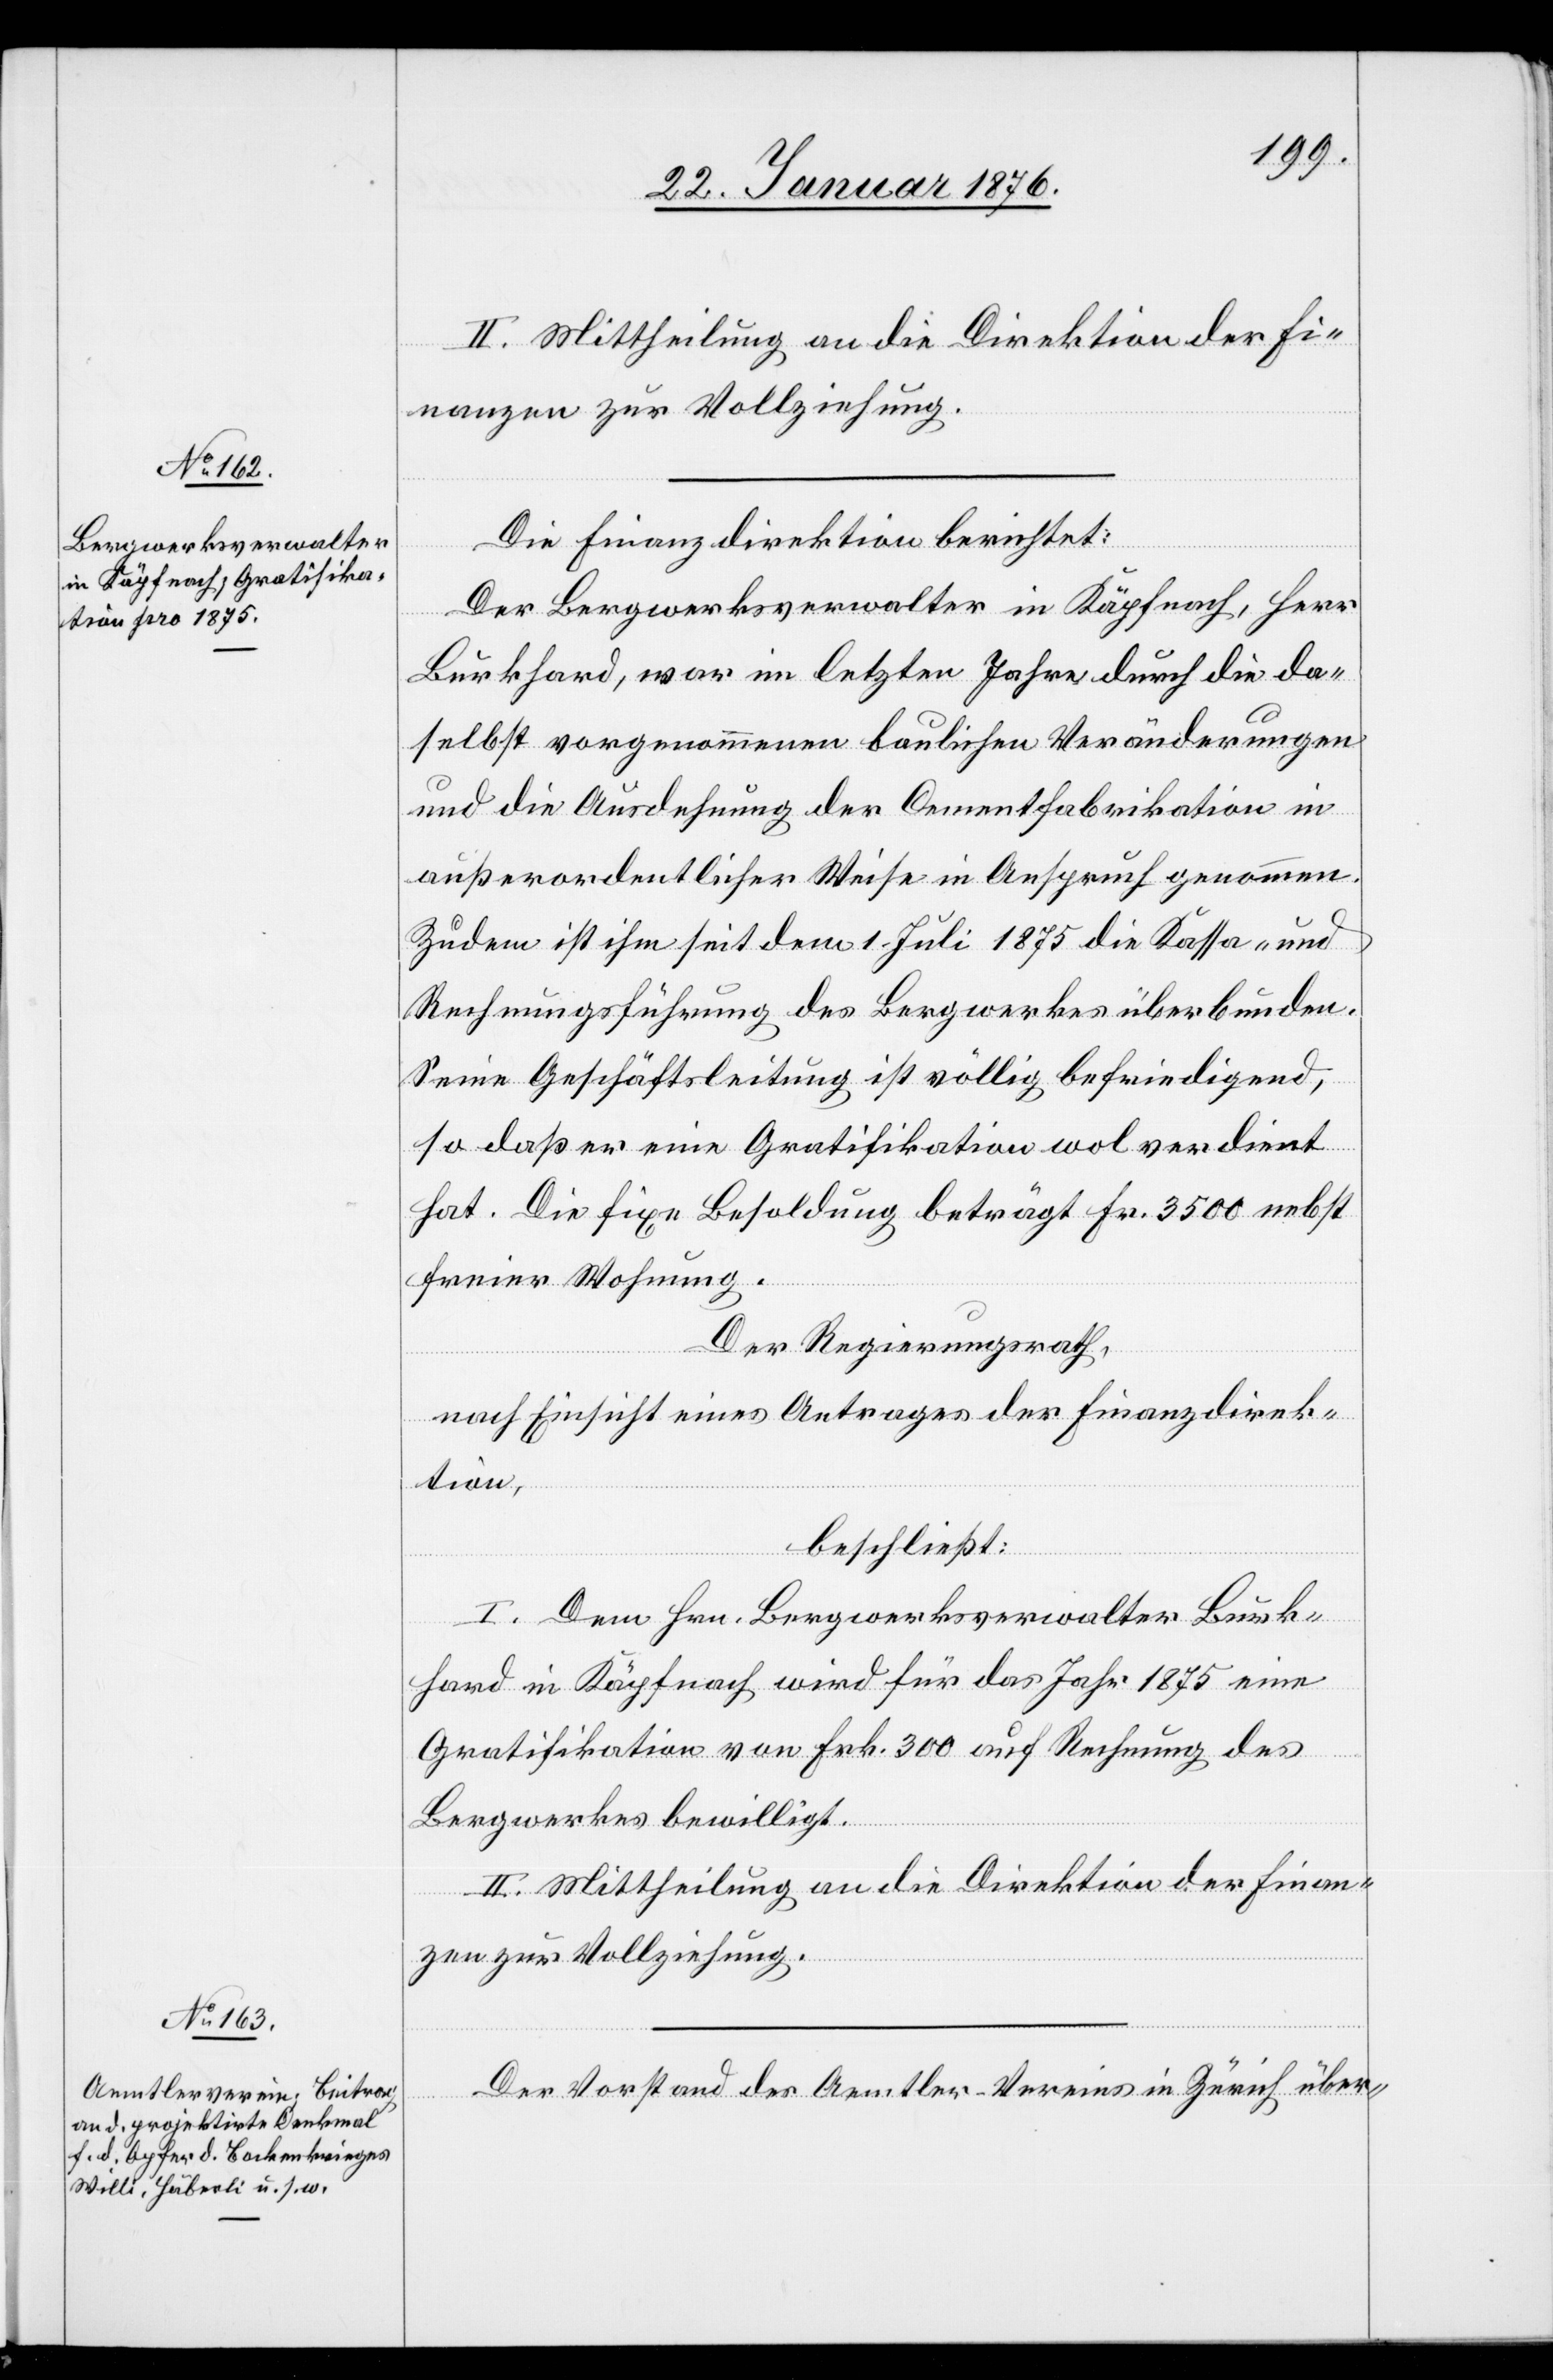
II. Mittheilung an die Direktion der Fi¬
nanzen zur Vollziehung.
Die Finanzdirektion berichtet:
Der Bergwerksverwalter in Käpfnach, Herr
Burkhard, war im letzten Jahre durch die da¬
selbst vorgenommenen baulichen Veränderungen
und die Ausdehnung der Cementfabrikation in
außerordentlicher Weise in Anspruch genommen.
Zudem ist ihm seit dem 1. Juli 1875 die Kassa- und
Rechnungsführung des Bergwerkes überbunden.
Seine Geschäftsleitung ist völlig befriedigend,
so daß er eine Gratifikation wol verdient
hat. Die fixe Besoldung beträgt Fr. 3500 nebst
freier Wohnung.
Der Regierungsrath,
nach Einsicht eines Antrages der Finanzdirek¬
tion,
beschließt:
I. Dem Hrn. Bergwerksverwalter Burk¬
hard in Käpfnach wird für das Jahr 1875 eine
Gratifikation von Frk. 300 auf Rechnung des
Bergwerkes bewilligt.
II. Mittheilung an die Direktion der Finan¬
zen zur Vollziehung.
Der Vorstand des Aemtler-Vereins in Zürich über-